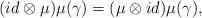
LaTeX: \begin{align*}(id \otimes \mu )\mu (\gamma)=(\mu \otimes id)\mu (\gamma), \end{align*}